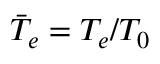
\bar { T } _ { e } = T _ { e } / T _ { 0 }